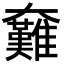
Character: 𡚟